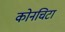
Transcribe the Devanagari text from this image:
कोनचिटा